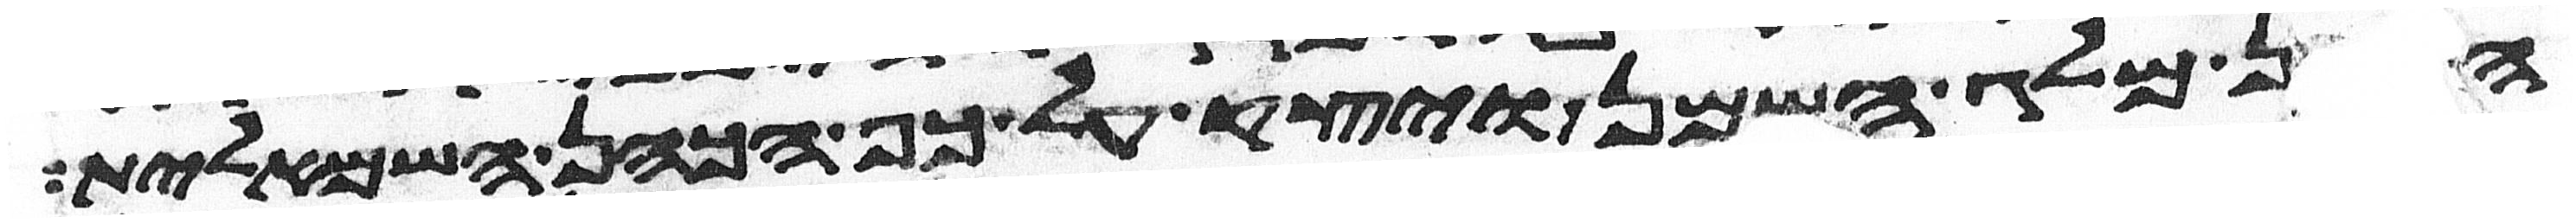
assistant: הכהן מלג השמן ויצק על כף הכהן השמאלית